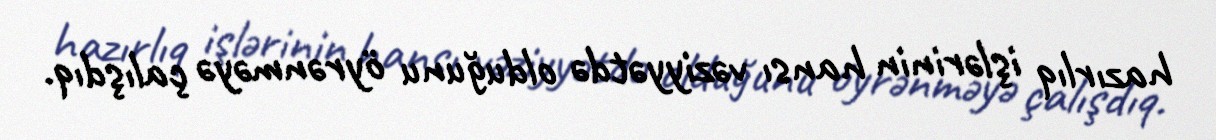
hazırlıq işlərinin hansı vəziyyətdə olduğunu öyrənməyə çalışdıq.